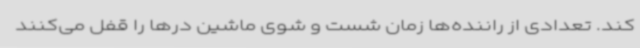
کند. تعدادی از راننده‌ها زمان شست و شوی ماشین درها را قفل می‌کنند